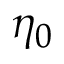
\eta _ { 0 }